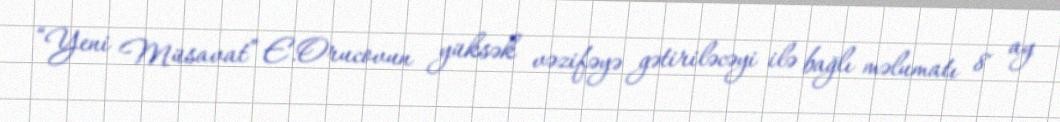
“Yeni Müsavat” E.Orucovun yüksək vəzifəyə gətiriləcəyi ilə bağlı məlumatı 8 ay